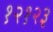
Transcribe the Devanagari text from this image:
१२१२३